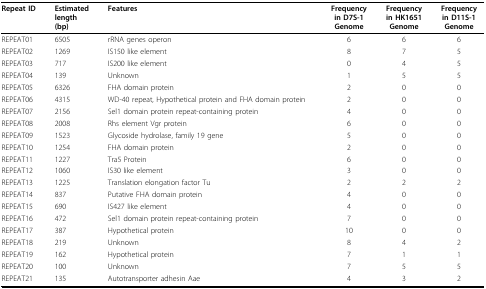
| Repeat ID | Estimatedlength(bp) | Features | Frequencyin D7S-1Genome | Frequencyin HK1651Genome | Frequencyin D11S-1Genome |
 | --- | --- | --- | --- | --- | --- |
 | REPEAT01 | 6505 | rRNA genes operon | 6 | 6 | 6 |
 | REPEAT02 | 1269 | IS150 like element | 8 | 7 | 5 |
 | REPEAT03 | 717 | IS200 like element | 0 | 4 | 5 |
 | REPEAT04 | 139 | Unknown | 1 | 5 | 5 |
 | REPEAT05 | 6326 | FHA domain protein | 2 | 0 | 0 |
 | REPEAT06 | 4315 | WD-40 repeat, Hypothetical protein and FHA domain protein | 2 | 0 | 0 |
 | REPEAT07 | 2156 | Sel1 domain protein repeat-containing protein | 4 | 0 | 0 |
 | REPEAT08 | 2008 | Rhs element Vgr protein | 6 | 0 | 0 |
 | REPEAT09 | 1523 | Glycoside hydrolase, family 19 gene | 5 | 0 | 0 |
 | REPEAT10 | 1254 | FHA domain protein | 2 | 0 | 0 |
 | REPEAT11 | 1227 | Tra5 Protein | 6 | 0 | 0 |
 | REPEAT12 | 1060 | IS30 like element | 3 | 0 | 0 |
 | REPEAT13 | 1225 | Translation elongation factor Tu | 2 | 2 | 2 |
 | REPEAT14 | 837 | Putative FHA domain protein | 4 | 0 | 0 |
 | REPEAT15 | 690 | IS427 like element | 4 | 0 | 0 |
 | REPEAT16 | 472 | Sel1 domain protein repeat-containing protein | 7 | 0 | 0 |
 | REPEAT17 | 387 | Hypothetical protein | 10 | 0 | 0 |
 | REPEAT18 | 219 | Unknown | 8 | 4 | 2 |
 | REPEAT19 | 162 | Hypothetical protein | 7 | 1 | 1 |
 | REPEAT20 | 100 | Unknown | 7 | 5 | 5 |
 | REPEAT21 | 135 | Autotransporter adhesin Aae | 4 | 3 | 2 |